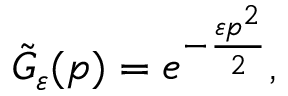
{ \tilde { G } } _ { \varepsilon } ( p ) = e ^ { - { \frac { \varepsilon p ^ { 2 } } { 2 } } } ,